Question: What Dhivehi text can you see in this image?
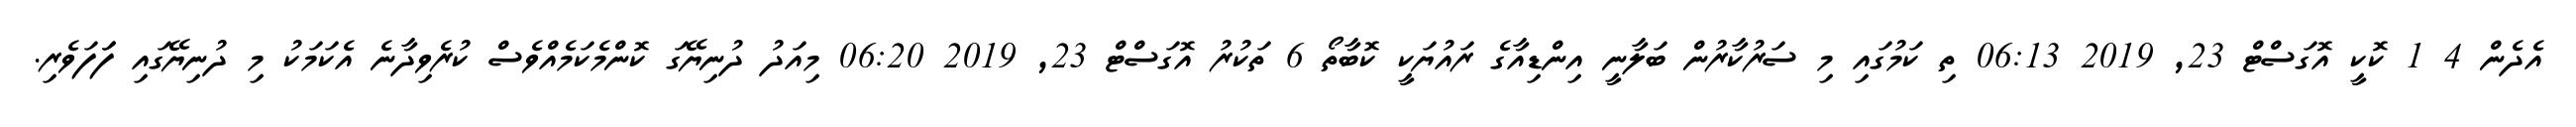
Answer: އެދެން 4 1 ކޮކީ އޮގަސްޓް 23, 2019 06:13 ތި ކަމުގައި މި ސަރުކާރުން ބަލާނީ އިންޑިއާގެ ރައުޔަކީ ކޮބާތޯ 6 ތަކުރު އޮގަސްޓް 23, 2019 06:20 މިއަދު ދުނިޔޭގަ ކޮންމެކަމެއްވެސް ކުރެވިދާނެ އެކަމަކު މި ދުނިޔޭގައި ފަަފަވެރި.